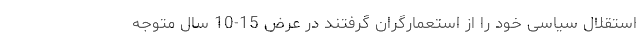
استقلال سیاسی خود را از استعمارگران گرفتند در عرض 15-10 سال متوجه